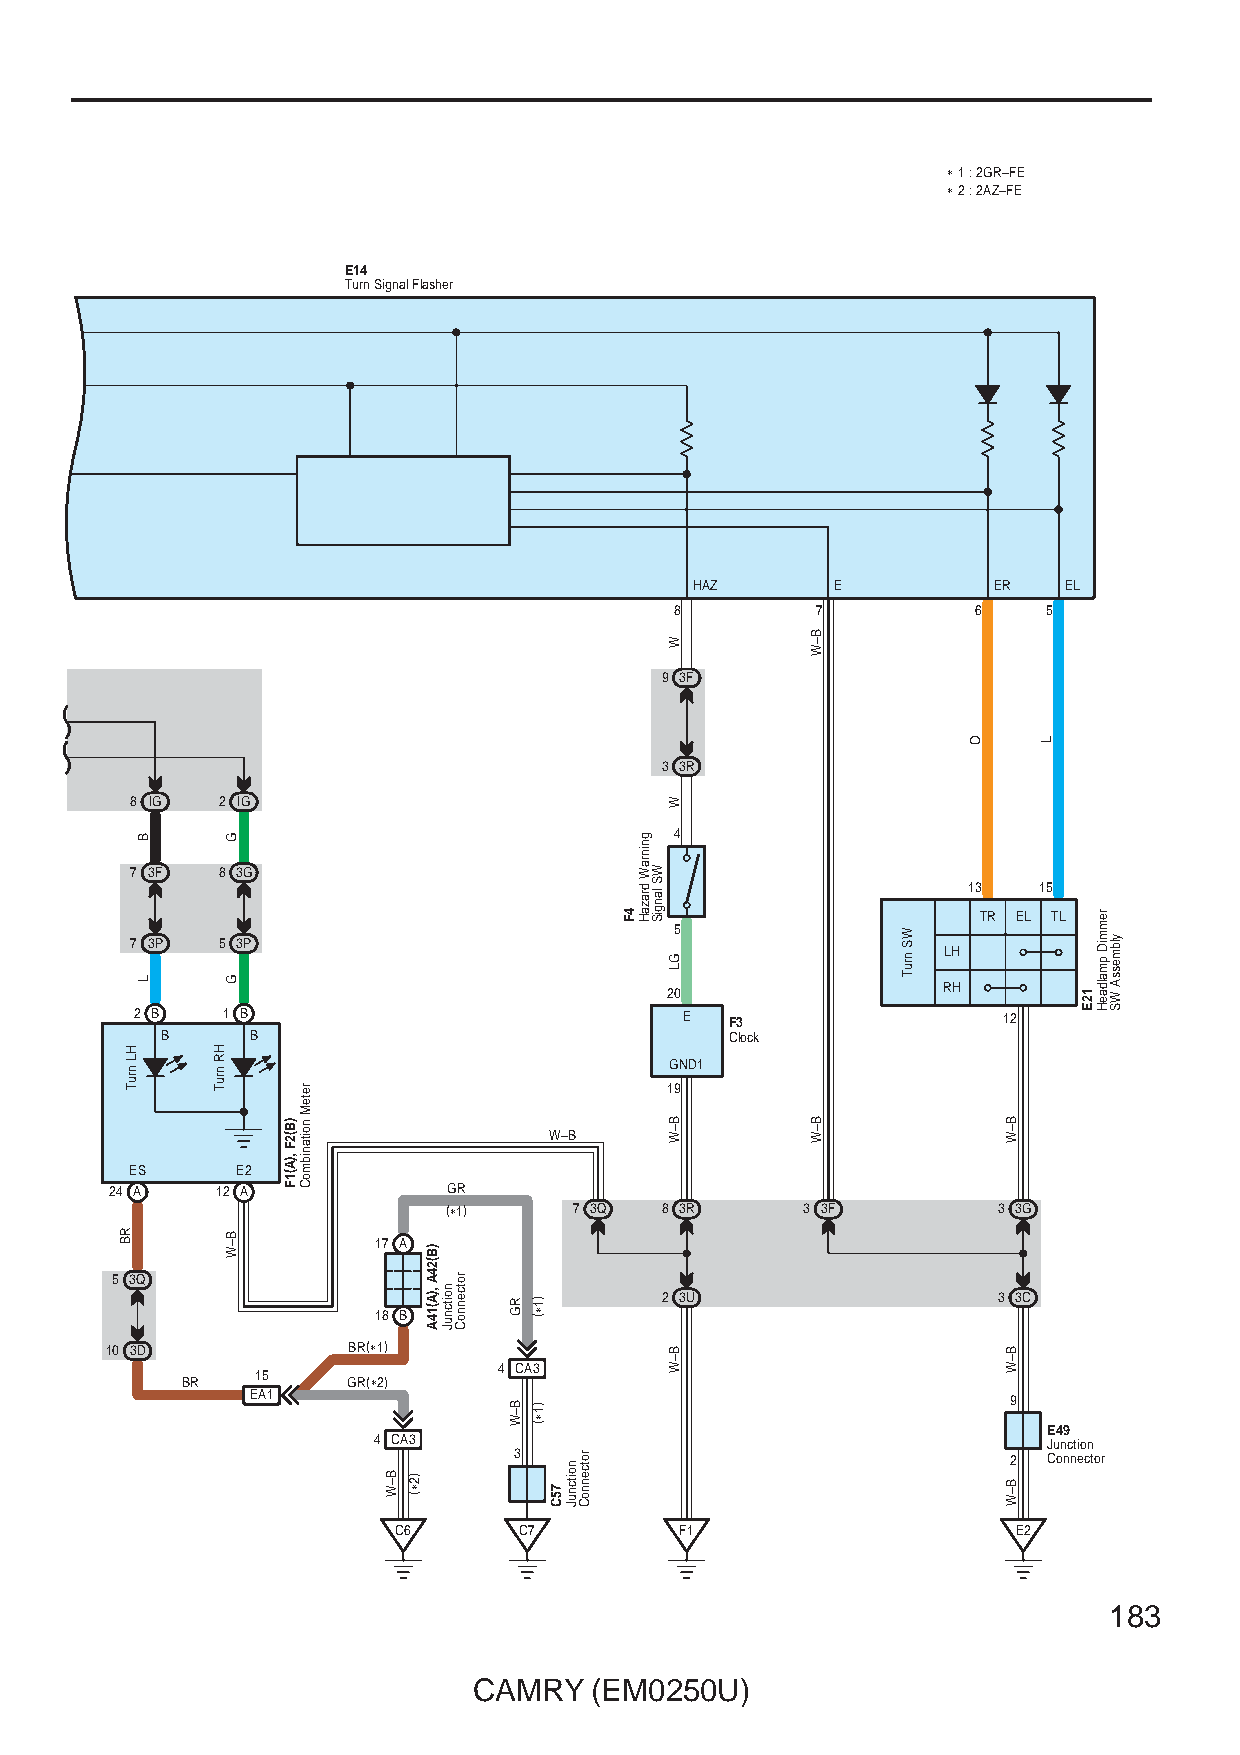
∗ 1 : 2GR–FE
 ∗ 2 : 2AZ–FE
 E14
 Turn Signal Flasher
 HAZ      E          ER  EL
 8        7          6   5
 9 3F
 3 3R
 8 IG 2 IG
 4
 7 3F 8 3G
 13   15
 TR EL TL
 5 7 3P 5 3P
 LH
 20                RH
 2 B   1 B                           E  F3                12
 B     B                              Clock
 GND1
 19
 W–B
 ES     E2
 24 A   12 A            GR
 (∗1)     7 3Q  8 3R     3 3F         3 3G
 17 A
 5 3Q
 2 3U                  3 3C
 18 B
 10 3D           BR(∗1)
 4 CA3
 BR   15    GR(∗2)
 EA1                                               9
 E49
 4 CA3                                       Junction
 3                                2 Connector
 C6      C7         F1                    E2
 183
 CAMRY   (EM0250U)
 HL
 nruT
 RB
 B
 L
 HR
 nruT
 G
 G
 B–W
 )B(2F
 ,)A(1F
 reteM
 noitanibmoC
 B–W )2∗(
 )B(24A
 ,)A(14A noitcnuJ
 rotcennoC
 RG
 B–W
 )1∗(
 )1∗(
 75C
 noitcnuJ
 rotcennoC
 4F
 gninraW
 drazaH
 WS
 langiS
 W
 W
 GL
 B–W
 B–W
 B–W
 B–W
 WS
 nruT
 O
 B–W
 B–W
 B–W
 L
 12E
 remmiD
 pmaldaeH
 ylbmessA
 WS